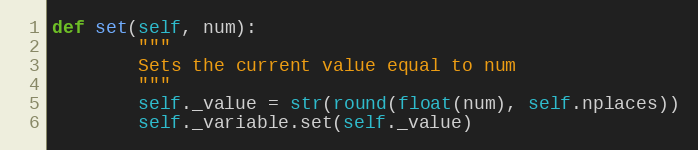
Language: Python
def set(self, num):
        """
        Sets the current value equal to num
        """
        self._value = str(round(float(num), self.nplaces))
        self._variable.set(self._value)